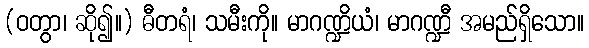
(ဝတွာ၊ ဆို၍။) ဓီတရံ၊ သမီးကို။ မာဂဏ္ဍိယံ၊ မာဂဏ္ဍီ အမည်ရှိသော။